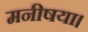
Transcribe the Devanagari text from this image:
मनीषया।